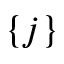
\{ j \}